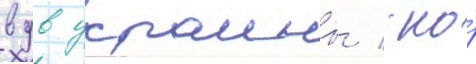
вдв украины / но́